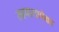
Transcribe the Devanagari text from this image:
सहवासापेक्षा